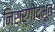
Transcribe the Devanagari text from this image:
निसर्गोद्भूत